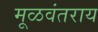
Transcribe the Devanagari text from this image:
मूळवंतराय